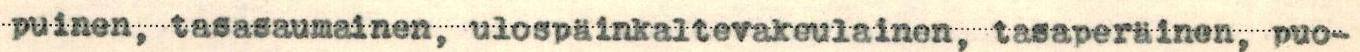
puinen, tasasaumainen, ulospäinkaltevakeulainen, tasaperäinen, puo-